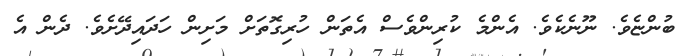
ބުންޏެވެ. ނޫނެކެވެ. އެންމެ ކުރިންވެސް އެތަން ހުރިގޮތަށް މަށިން ހަދައިދޭށެވެ. ދެން އެ